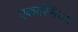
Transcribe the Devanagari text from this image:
एकास्मिज्म़